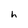
Character: h